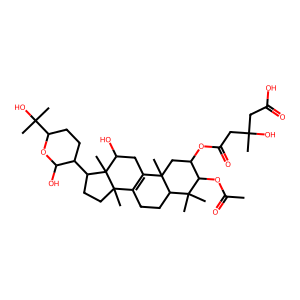
SMILES: CC(=O)OC1C(OC(=O)CC(C)(O)CC(=O)O)CC2(C)C3=C(CCC2C1(C)C)C1(C)CCC(C2CCC(C(C)(C)O)OC2O)C1(C)C(O)C3
Inhibits HIV replication: No